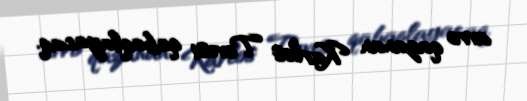
avro qazanan Karlos Tevesi qabaqlayacaq.